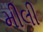
મીલી